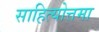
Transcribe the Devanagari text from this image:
साहित्योत्तमा